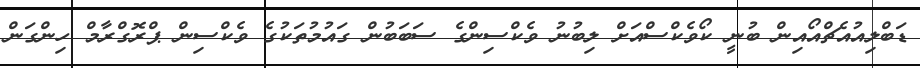
ޑަބްލިއުއެޗްއޯއިން ބުނީ ކޯވެކްސްއަށް ލިބުނު ވެކްސިންގެ ސަބަބުން ގައުމުތަކުގެ ވެކްސިން ޕްރޮގްރާމް ހިންގަން